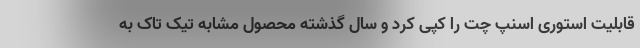
قابلیت استوری اسنپ چت را کپی کرد و سال گذشته محصول مشابه تیک تاک به